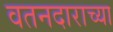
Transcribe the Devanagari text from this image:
वतनदाराच्या